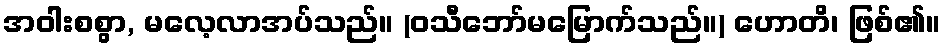
အဝါးစစွာ, မလေ့လာအပ်သည်။ (ဝသီဘော်မမြောက်သည်။) ဟောတိ၊ ဖြစ်၏။